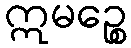
ဣမဉ္စေ